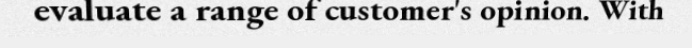
evaluate a range of customer's opinion. With